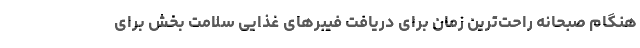
هنگام صبحانه راحت‌ترین زمان برای دریافت فیبرهای غذایی سلامت‌ بخش برای